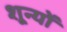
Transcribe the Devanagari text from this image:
शून्यों